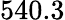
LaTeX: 540.3